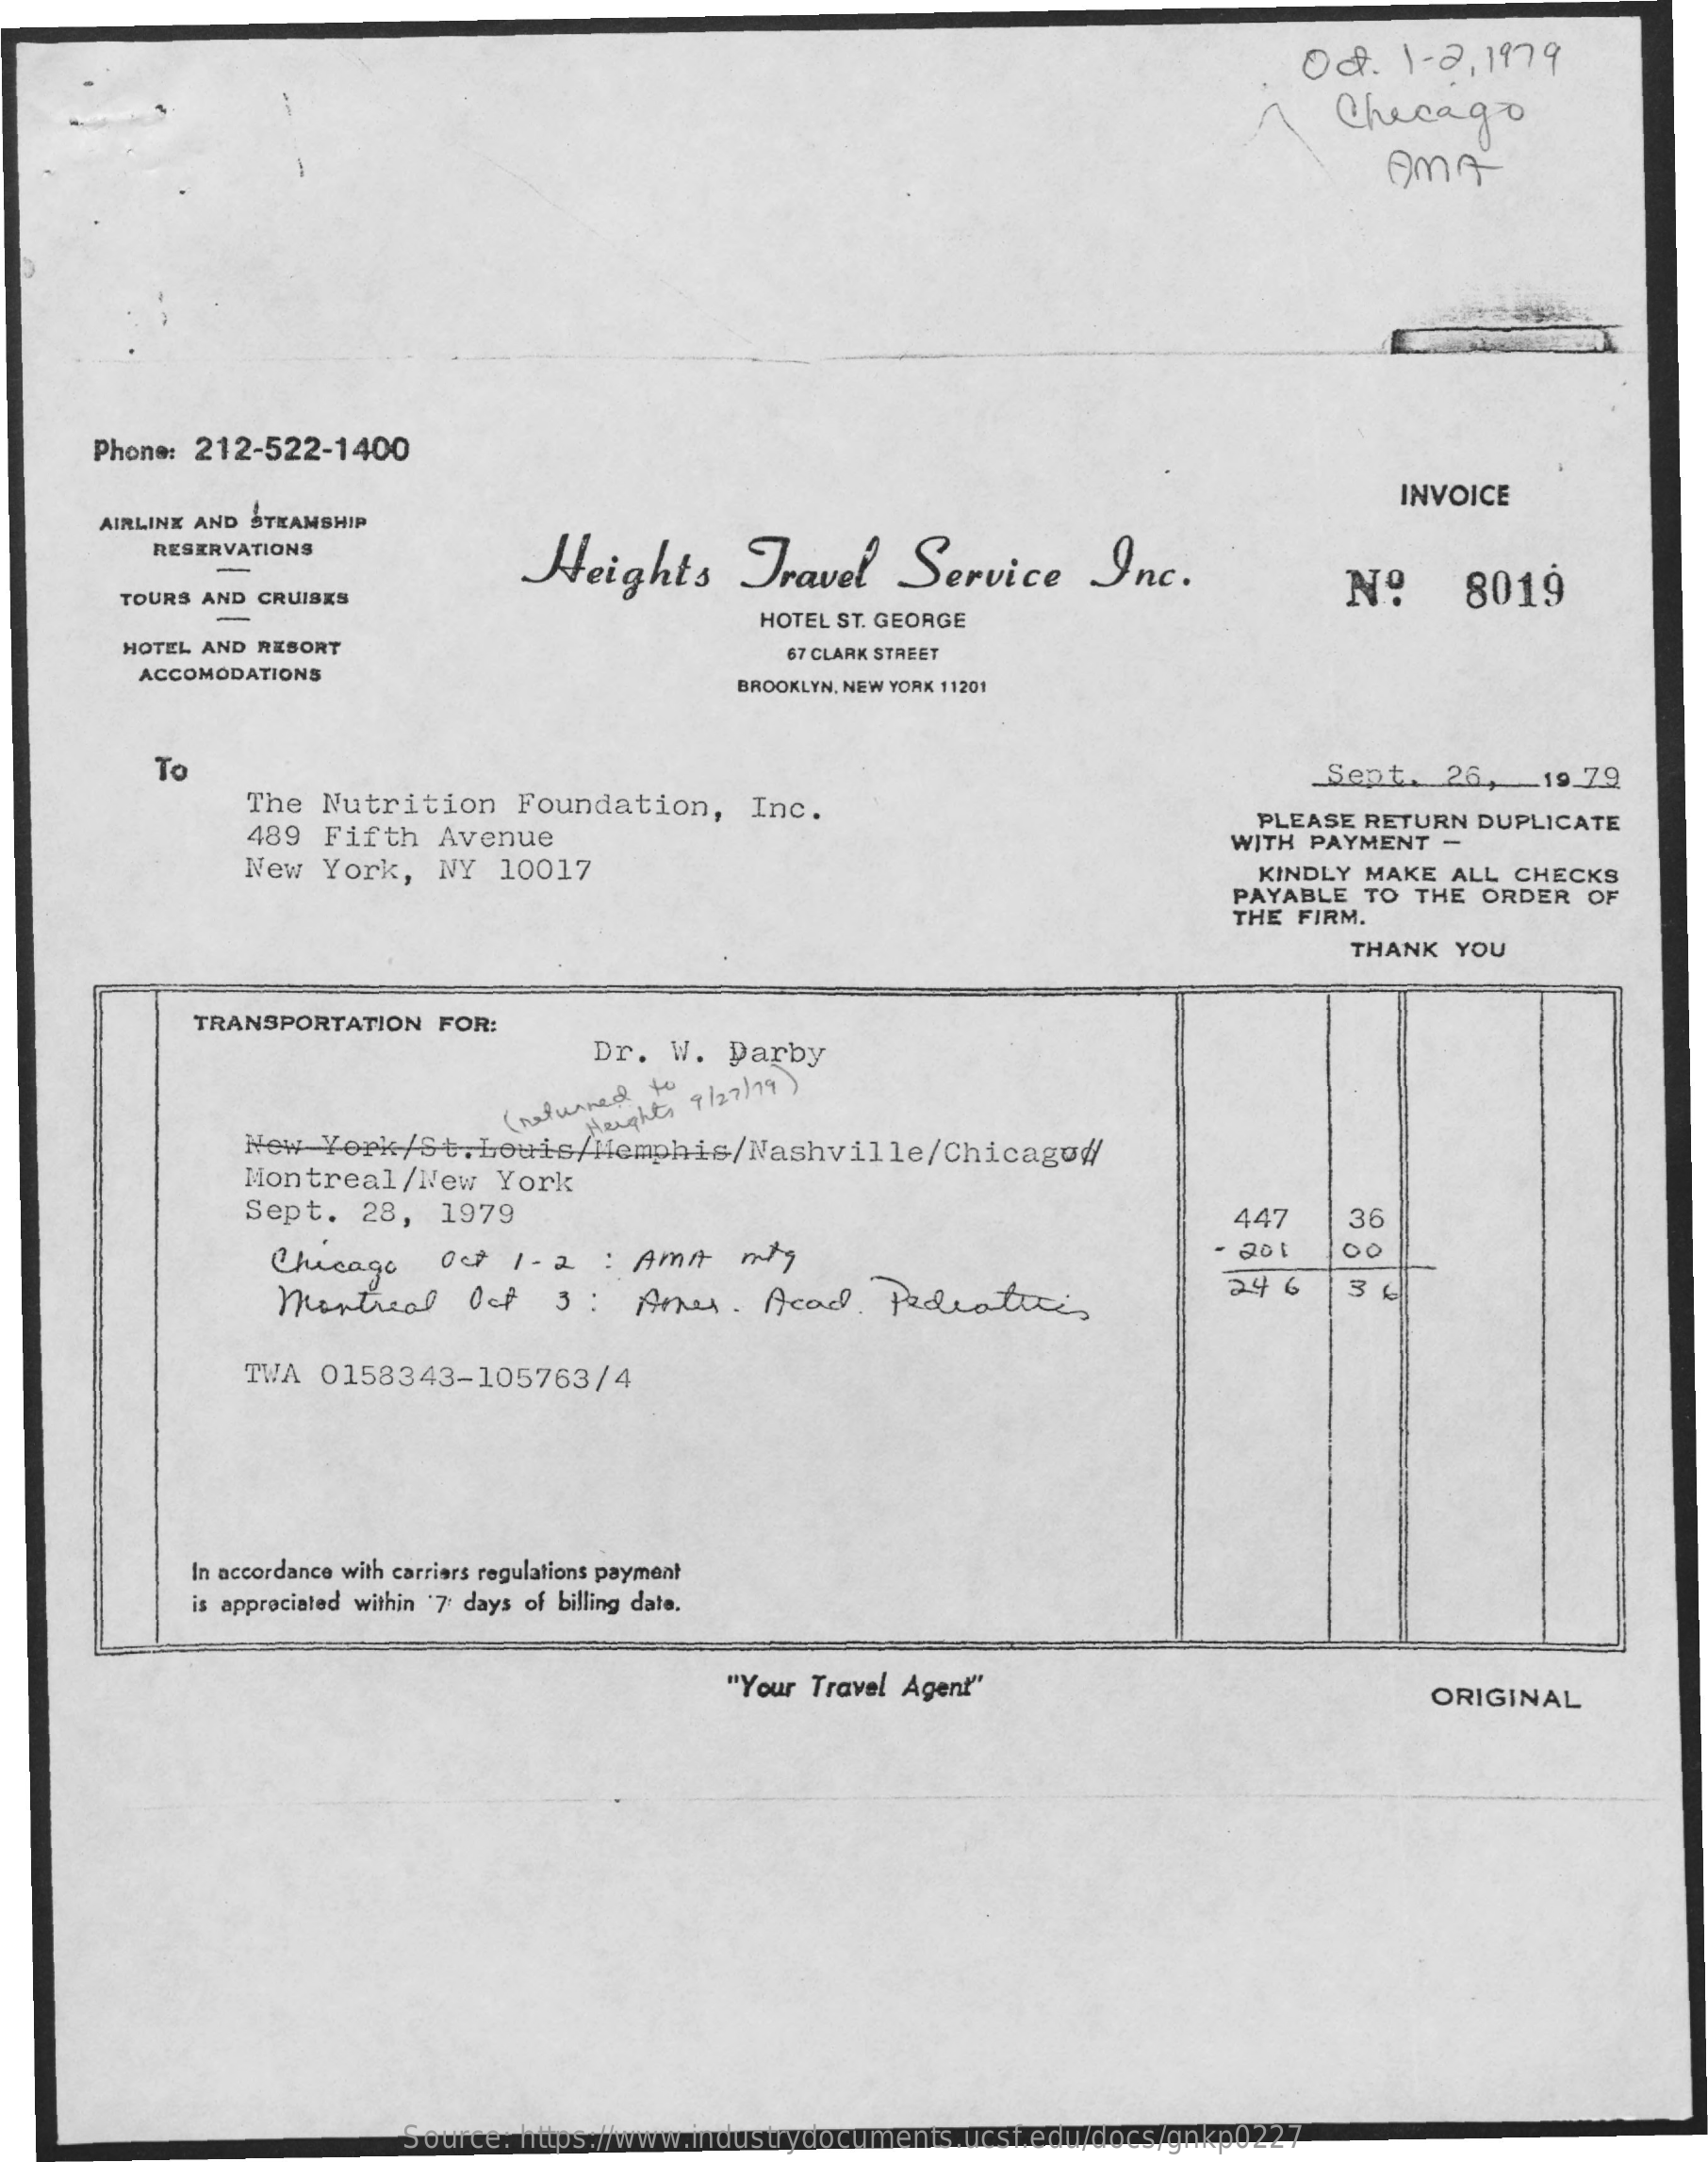
Oct.  1 - 2, 1979
     Chicago
     Ama
     Phone: 212-522-1400
     INVOICE
     AIRLINE AND STEAMSHIP
     RESERVATIONS    Heights    Travel    Service    Inc.    Nº    8019
     TOURS AND CRUISES
     HOTEL ST. GEORGE
     HOTEL AND RESORT
     ACCOMODATIONS
     67 CLARK STREET
     BROOKLYN, NEW YORK 11201
     To
     The Nutrition    Foundation,    Inc.
     Sept.   26,   19.79
     489 Fifth   Avenue
     PLEASE RETURN DUPLICATE
     WITH PAYMENT  -
     New  York,   NY  10017    KINDLY MAKE ALL CHECKS
     PAYABLE  TO THE ORDER  OF
     THE FIRM.
     THANK  YOU
     TRANSPORTATION  FOR:
     Dr.  W.  Darby
     ( returned
     to
     Noughts 9/27/ 79 )
     New  York/St.   Louis/Memphis/Nashville/Chicagoď/
     Montreal/New    York
     Sept.   28,  1979    447    36
     Chicago   Oct  1- 2   : AmA   nty
     Montreal    Oct   3:   Amer.    Acad.   Pediatrics
     24 6    3 .
     TWA  0158343-105763/4
     In accordance with carriers regulations payment
     is appreciated within '7 days of billing date.
     "Your Travel Agent"    ORIGINAL
     Source: https://www.industrydocuments.ucsf.edu/docs/gnkp0227